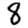
Digit: 8